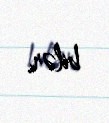
bilər.